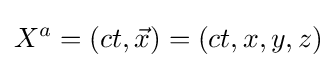
X^{a}=\left(ct,{\vec {x}}\right)=(ct,x,y,z)